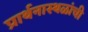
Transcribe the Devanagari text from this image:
प्रार्थनास्थळांची